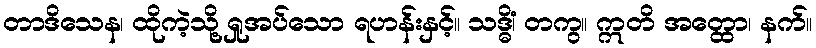
တာဒိသေန၊ ထိုကဲ့သို့ ရှုအပ်သော ရဟန်းနှင့်။ သဒ္ဓိံ၊ တကွ။ ဣတိ အတ္ထော၊ နက်။